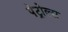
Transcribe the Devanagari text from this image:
पेट्रोल्स